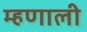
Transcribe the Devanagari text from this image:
म्‍हणाली